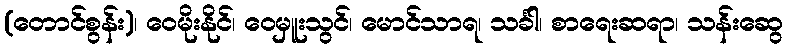
(တောင်စွန်း)၊ ဝေမိုးနိုင်၊ ဝေမှူးသွင်၊ မောင်သာရ၊ သင်္ခါ၊ စာရေးဆရာ၊ သန်းဆွေ